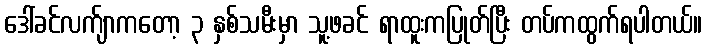
ဒေါ်ခင်လက်ျာကတော့ ၃ နှစ်သမီးမှာ သူ့ဖခင် ရာထူးကပြုတ်ပြီး တပ်ကထွက်ရပါတယ်။